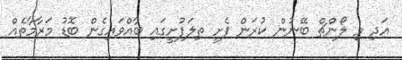
އަދި މި ލޯންޗް ބޭނުން ކުރަން ފެށީ ތިލަފުށީގައި ބާއްވައިގެން ބޮޑު މަރާމާތެއް